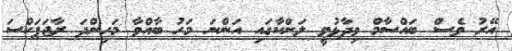
އޭރު ވެސް ބައްސާމް ވިދާޅުވީ ލަންކާގައި އަންނަ މަހު ބާއްވާ މަހިންދަ ރާޖަޕަކްސަ